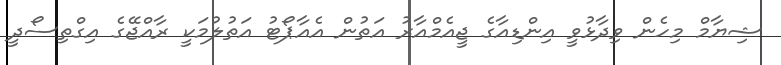
ޝިޔާމް މިހެން ވިދާޅުވީ އިންޑިއާގެ ޖީއެމްއާރު އަތުން އެއާޕޯޓު އަތުލުމަކީ ރާއްޖޭގެ އިގްތިސޯދީ